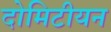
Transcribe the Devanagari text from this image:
दोमिटीयन